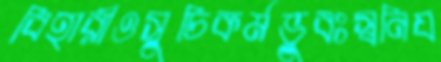
বিহারীওসুচিকর্মভুবঃস্বনিয